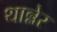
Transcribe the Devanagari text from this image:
थान्नेर